Code of medical and sanitary regulations for the guidance of medical officers serving in the Madras Presidency - Volume II
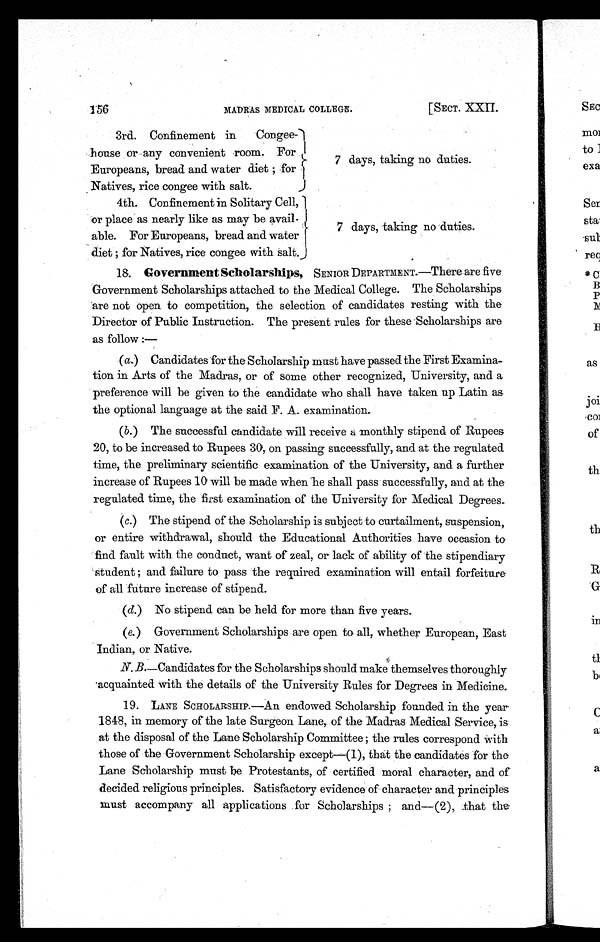
156
[ SECT. XXII.
MADRAS MEDICAL COLLEGE.
3rd. Confinement in Congee-
house or any convenient room. For
Europeans, bread and water diet; for
Natives, rice congee with salt.
4th. Confinement in Solitary Cell,
or place as nearly like as may be avail-
able. For Europeans, bread and water
diet; for Natives, rice congee with salt.
7 days, taking no duties.
7 days, taking no duties.
18. Government Scholarships, SENIOR DEPARTMENT.—There are five
Government Scholarships attached to the Medical College. The Scholarships
are not open to competition, the selection of candidates resting with the
Director of Public Instruction. The present rules for these Scholarships are
as follow:—
(a.) Candidates for the Scholarship must have passed the First Examina-
tion in Arts of the Madras, or of some other recognized, University, and a
preference will be given to the candidate who shall have taken up Latin as
the optional language at the said F. A. examination.
(b.) The successful candidate will receive a monthly stipend of Rupees
20, to be increased to Rupees 30, on passing successfully, and at the regulated
time, the preliminary scientific examination of the University, and a further
increase of Rupees 10 will be made when he shall pass successfully, and at the
regulated time, the first examination of the University for Medical Degrees.
(c.) The stipend of the Scholarship is subject to curtailment, suspension,
or entire withdrawal, should the Educational Authorities have occasion to
find fault with the conduct, want of zeal, or lack of ability of the stipendiary
student; and failure to pass the required examination will entail forfeiture
of all future increase of stipend.
(d.) No stipend can be held for more than five years.
(e.) Government Scholarships are open to all, whether European, East
Indian, or Native.
N. B.—Candidates for the Scholarships should make themselves thoroughly
acquainted with the details of the University Rules for Degrees in Medicine.
19. LANE SCHOLARSHIP.—An endowed Scholarship founded in the year
1848, in memory of the late Surgeon Lane, of the Madras Medical Service, is
at the disposal of the Lane Scholarship Committee; the rules correspond with
those of the Government Scholarship except—(1), that the candidates for the
Lane Scholarship must be Protestants, of certified moral character, and of
decided religious principles. Satisfactory evidence of character and principles
must accompany all applications for Scholarships; and—(2), that the